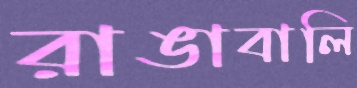
রাঙাবালি